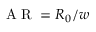
\mathrm { ~ A ~ R ~ } = R _ { 0 } / w